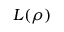
\boldsymbol { L } ( \boldsymbol { \rho } )